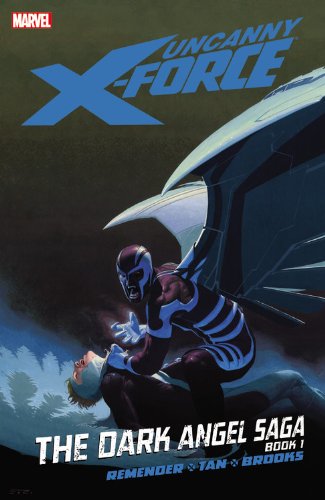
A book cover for Uncanny X-Force, Vol. 3: The Dark Angel Saga, Book 1; Rick Remender; Comics & Graphic Novels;